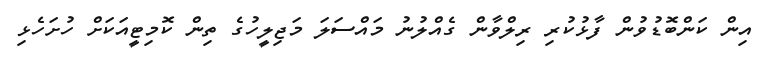
އިން ކަންބޮޑުވުން ފާޅުކުރި ރިލްވާން ގެއްލުނު މައްސަލަ މަޖިލީހުގެ ތިން ކޮމިޓީއަކަށް ހުށަހެޅި